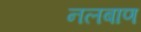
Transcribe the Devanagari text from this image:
नलबाण